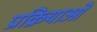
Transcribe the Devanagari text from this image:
प्रक्रियाओं